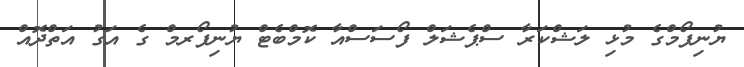
ޔުނިފޯމްގެ މުޅި ލަޝްކަރާ ސްޕެޝަލް ފޯސަސްއާ ކޮމްބެޓް ޔުނިފޯރމް ގެ އަގު އަތްދޮއް